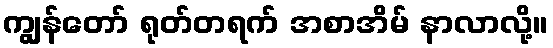
ကျွန်တော် ရုတ်တရက် အစာအိမ် နာလာလို့။